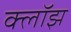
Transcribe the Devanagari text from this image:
क्लॉझ